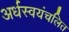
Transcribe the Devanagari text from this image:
अर्धस्वयंचलित